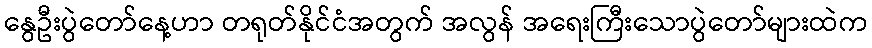
နွေဦးပွဲတော်နေ့ဟာ တရုတ်နိုင်ငံအတွက် အလွန် အရေးကြီးသောပွဲတော်များထဲက